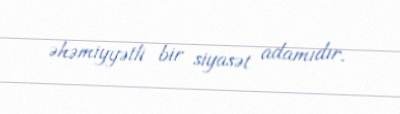
əhəmiyyətli bir siyasət adamıdır.